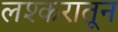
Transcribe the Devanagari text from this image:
लश्करातून